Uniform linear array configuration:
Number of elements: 12
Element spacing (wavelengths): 0.5
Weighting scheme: blackman
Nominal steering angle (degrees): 0
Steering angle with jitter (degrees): -0.7285
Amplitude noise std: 0.05
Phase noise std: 0.05

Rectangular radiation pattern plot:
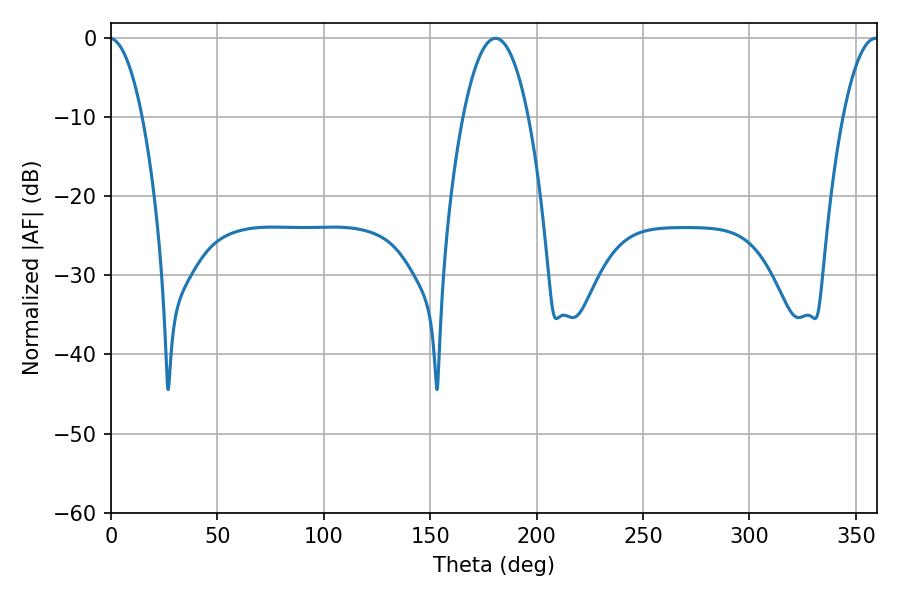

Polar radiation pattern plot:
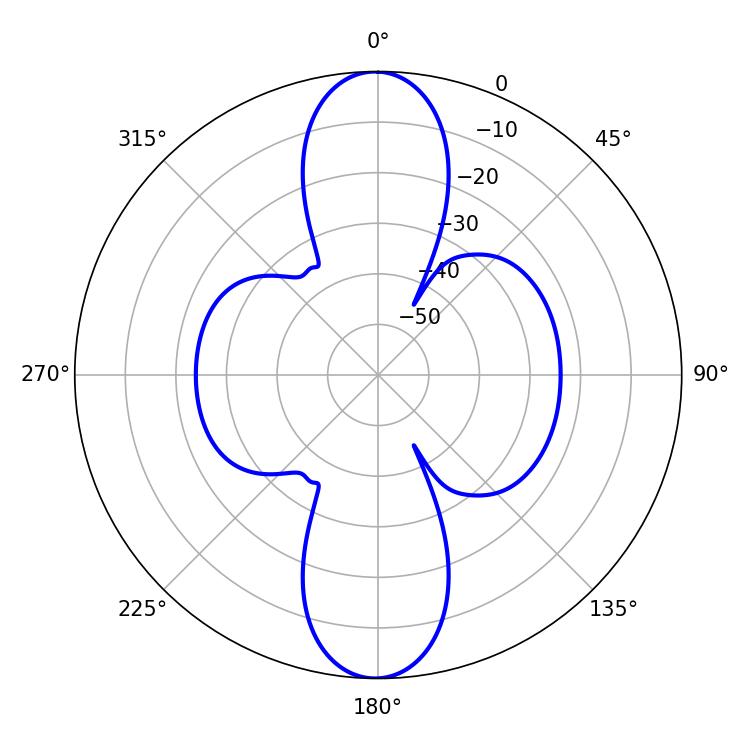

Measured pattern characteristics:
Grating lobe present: FALSE
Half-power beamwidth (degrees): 16.92
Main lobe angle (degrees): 180.72